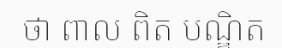
ថា ពាល ពិត បណ្ឌិត